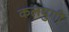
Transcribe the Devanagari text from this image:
कलयुगीं